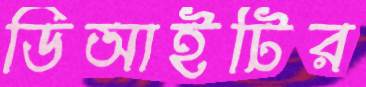
ডিআইটির